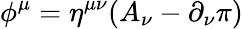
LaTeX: \phi^{\mu}=\eta^{\mu\nu}(A_{\nu}-\partial_{\nu}\pi)